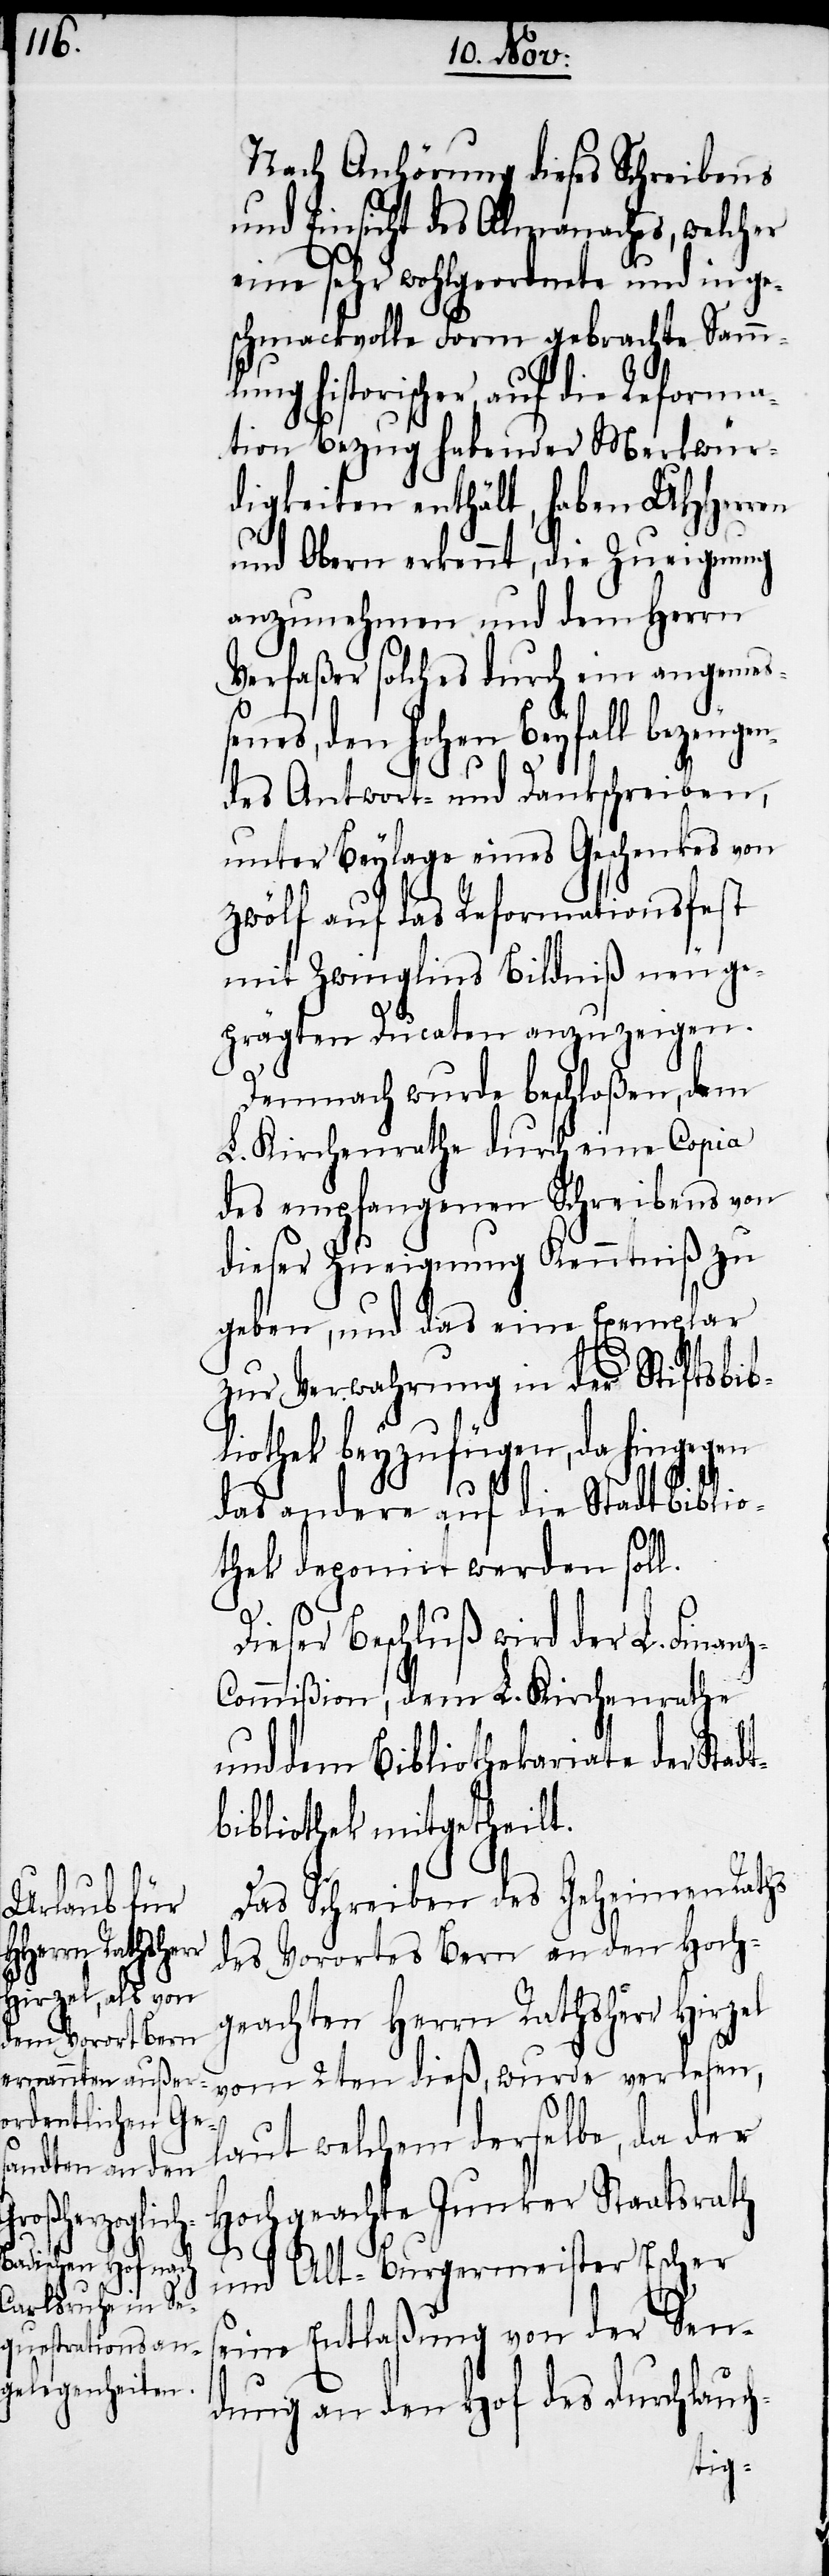
z-C¬

Nach Anhörung dieses Schreibens
und Einsicht des Almanaches, welcher
eine sehr wohlgeordnete und in ge¬
schmackvolle Form gebrachte Samml¬
ung historischer, auf die Reforma¬
tion Bezug habender Merkwür¬
digkeiten enthält, haben UHHerren
und Obern erkennt, die Zueignung
anzunehmen und dem Herrn
Verfaßer solches durch ein angemeß¬
enes, den hohen Beyfall bezeuge¬
ndes Antwort- und Dankschreiben,
unter Beylage eines Geschenkes von
zwölf auf das Reformationsfest
mit Zwinglins Bildniß neu ge¬
prägten Ducaten anzuzeigen.
Demnach wurde beschloßen, dem
L. Kirchenrathe durch eine Copia
des empfangenen Schreibens von
dieser Zueignung Kenntniß zu
geben, und das eine Exemplar
zur Verwahrung in der Stiftsbib¬
liothek beyzufügen, da hingegen
das andere auf die Stadtbiblio¬
thek deponirt werden soll.
Dieser Beschluß wird der L. Finan¬
ommißion, dem L. Kirchenrathe
und dem Bibliothekariate der Stad¬
tbibliothek mitgetheilt.
Das Schreiben des Geheimen Raths
des Vorortes Bern an den Hoch¬
geachten Herrn Rathsherr Hirzel
vom 2ten dieß, wurde verlesen,
laut welchem derselbe, da der
Hochgeachte Junker Staatsrath
und Alt-Burgermeister Escher
seine Entlaßung von der Sen¬
dung an den Hof des durchlauch-